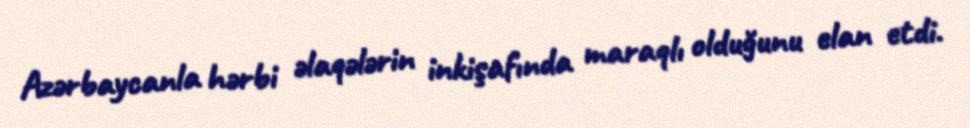
Azərbaycanla hərbi əlaqələrin inkişafında maraqlı olduğunu elan etdi.